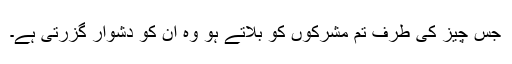
جس چیز کی طرف تم مشرکوں کو بلاتے ہو وہ ان کو دشوار گزرتی ہے۔